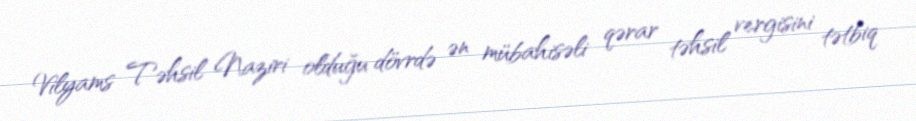
Vilyams Təhsil Naziri olduğu dövrdə ən mübahisəli qərar təhsil vergisini tətbiq